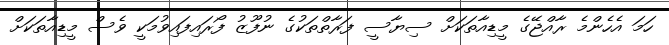
ހަމަ އެހެންމެ ރާއްޖޭގެ މީޑިއާތަކަށް ސިޔާސީ ފަރާތްތަކުގެ ނުފޫޒު ފޯރައިފައިވުމަކީ ވެސް މީޑިއާތަކަށް